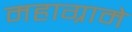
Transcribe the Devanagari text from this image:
महाग्रामे